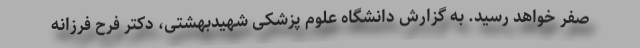
صفر خواهد رسید. به گزارش دانشگاه علوم پزشکی شهیدبهشتی، دکتر فرح فرزانه